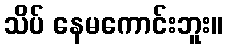
သိပ် နေမကောင်းဘူး။